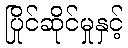
ပြိုင်ဆိုင်မှုနှင့်